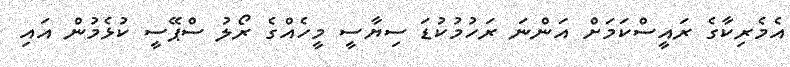
އެމެރިކާގެ ރައީސްކަމަށް އަންނަ ރަހުމުކުޑަ ސިޔާސީ މީހެއްގެ ރޯލު ސްޕޭސީ ކުޅެމުން އައި